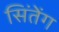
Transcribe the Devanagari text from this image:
सिंतेंग